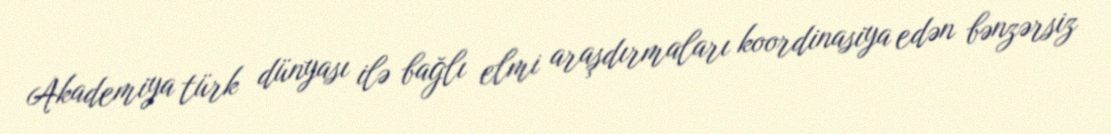
Akademiya türk dünyası ilə bağlı elmi araşdırmaları koordinasiya edən bənzərsiz